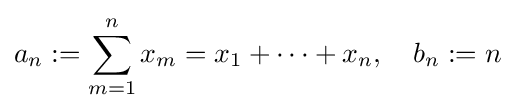
a_{n}:=\sum _{m=1}^{n}x_{m}=x_{1}+\dots +x_{n},\quad b_{n}:=n